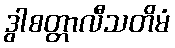
ဒွါစတ္တာလီသတိမံ